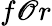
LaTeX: f\mathscr{O}r